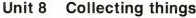
Unit 8 Collecting things